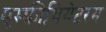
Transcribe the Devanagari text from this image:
एम्फ़ीथियेटरम